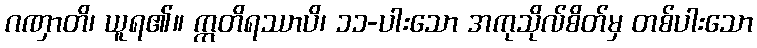
ဂဏှာတိ၊ ယူရ၏။ ဣတိရဿာပိ၊ ၁၁-ပါးသော အကုသိုလ်စိတ်မှ တစ်ပါးသော